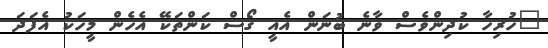
"ހުރިހާ ކުދިންވެސް ވާނެ ބުނަން އެއީ ގޯސް ކަންތަކޭ އެހެން މީހަކު އެފަދަ